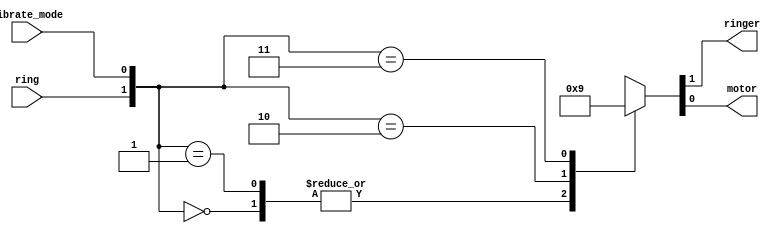
module top_module (
    input ring,
    input vibrate_mode,
    output ringer,       // Make sound
    output motor         // Vibrate
);

/* rv o
   00 00
   01 00
   10 10
   11 01

*/

wire [1:0] temp;

always @(*)begin

case ({ring,vibrate_mode})
   2'b00 : temp = 2'b00;
   2'b01 : temp = 2'b00;
   2'b10 : temp = 2'b10;
   2'b11 : temp = 2'b01;
    default: temp = 2'b00;
endcase

end

assign ringer = temp[1];
assign motor = temp[0];

endmodule